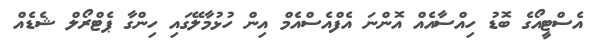
އެސްޓީއޯގެ ބޮޑު ހިއްސާއެއް އޮންނަ އެފްއެސްއެމް އިން ހުޅުމާލޭގައި ހިންގާ ޕެޓްރޯލް ޝެޑެއް